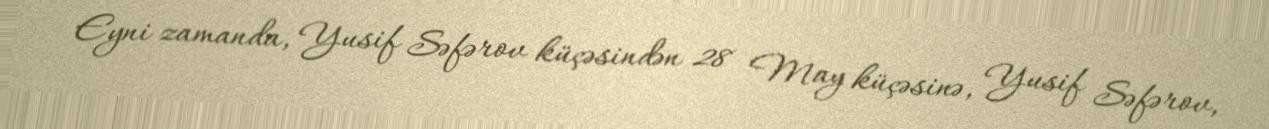
Eyni zamanda, Yusif Səfərov küçəsindən 28 May küçəsinə, Yusif Səfərov,